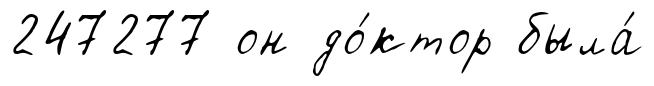
247277 он до́ктор была́